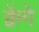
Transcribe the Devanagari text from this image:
क्वेंगे